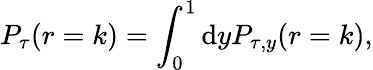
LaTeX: P_{\tau}(r=k)=\int_{0}^{1}\mathrm{d}yP_{\tau,y}(r=k),